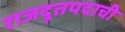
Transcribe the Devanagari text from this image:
राजदूतपदाची